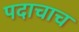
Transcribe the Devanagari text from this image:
पदाचाच